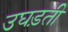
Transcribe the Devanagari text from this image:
उघड़ती